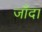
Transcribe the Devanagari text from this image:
जाँदा